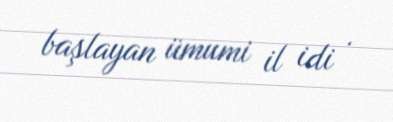
başlayan ümumi il idi .